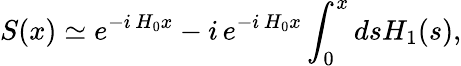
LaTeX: S(x)\simeq e^{-i\, H_{0}x}-i\, e^{-i\, H_{0}x}\int_{0}^{x}dsH_{1}(s),